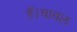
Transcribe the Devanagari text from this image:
हैं।चावल